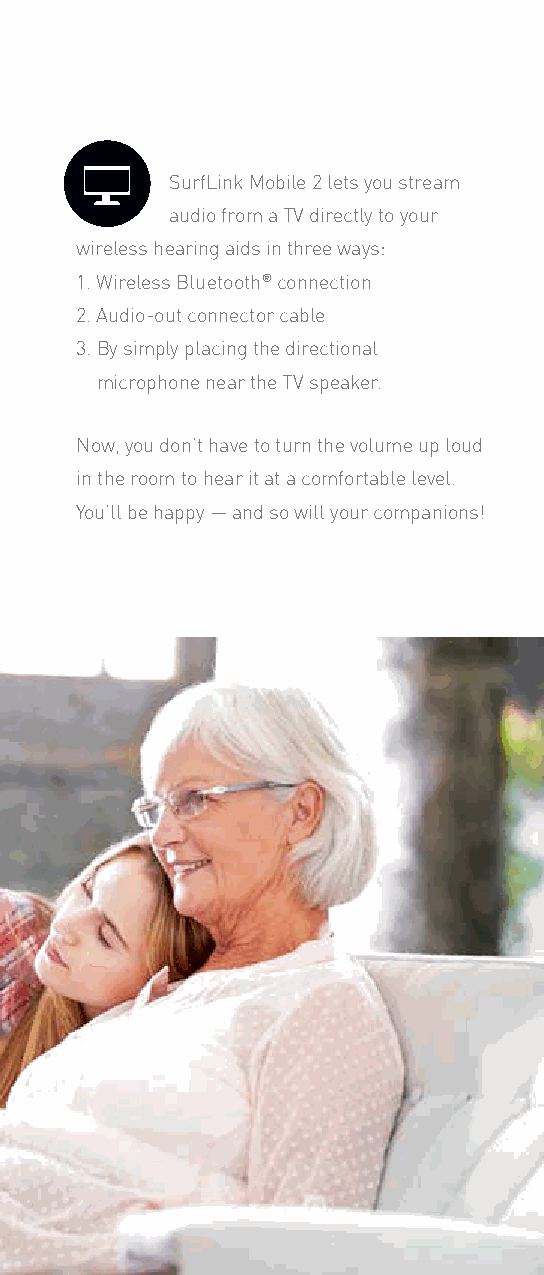
SurfLink Mobile 2 lets you stream
 audio from a TV directly to your
 wireless hearing aids in three ways:
 1. Wireless Bluetooth® connection
 2. Audio-out connector cable
 3. By simply placing the directional
 microphone near the TV speaker.
 Now, you don’t have to turn the volume up loud
 in the room to hear it at a comfortable level.
 You’ll be happy — and so will your companions!